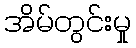
အိမ်တွင်းမှု